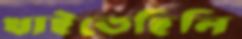
খাইতেছিলি